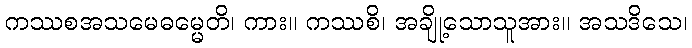
ကဿစအသမေဓမ္မေတိ၊ ကား။ ကဿစိ၊ အချို့သောသူအား။ အသဒိသေ၊